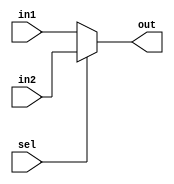
module mux_2_1(input [3:0] in1, in2, input sel, output reg [3:0] out);

 always@(*) begin
 if(sel)
    out = in2; 
 else
    out = in1;
 
 end

endmodule